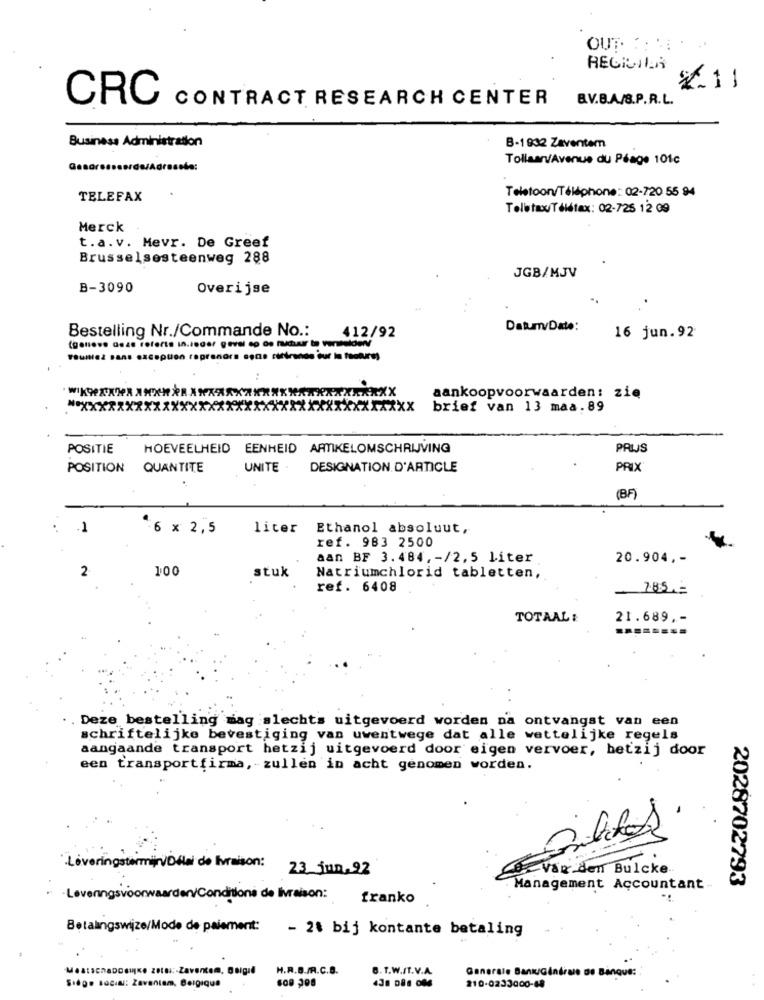
OUT :....
REGIIILA
2.11
CRC
CONTRACT RESEARCH CENTER
B.V.B.A/S.P.R.L.
Business Administration
B-1932 Zaventem
Tollaan/Avenue du Péage 101c
TELEFAX
Telefoon/Téléphone: 02-720 55 94
TeletaxiTélétax: 02-725 12 09
Merck .
t.a.v. Mevr. De Greef
Brusselsesteenweg 288
JGB/MJV
B-3090
Overijse
Datum/Date:
Bestelling Nr./Commande No .: 412/92
16 jun.92
aankoopvoorwaarden: zie
** XX
XX
brief van 13 maa.89
POSITIE
HOEVEELHEID EENHEID ARTIKELOMSCHRIJVING
PRIJS
POSITION QUANTITE
UNITE .
DESIGNATION D'ARTICLE
PRIX
(BF)
1
6 x 2,5
liter
Ethanol absoluut,
ref. 983 2500
aan BF 3.484, - /2,5 Liter
20.904 ,-
2
100
stuk
Natriumchlorid tabletten,
ref. 6408
785 ,-
TOTAAL :
21.689 ,-
Deze bestelling mag slechts uitgevoerd worden na ontvangst van een
schriftelijke bevestiging van uwentwege dat alle wettelijke regels
aangaande transport hetzij uitgevoerd door eigen vervoer, hetzij door
een transportfirma, - zullen in acht genomen worden.
Leveringstermijn/Délai de livraison:
23 jun. 92
vanden Bulcke
2028702793
Management Accountant
·Leveringsvoorwaarden/Conditions de livraison:
franko
Betalingswijze/Mode de paiement:
- 28 bij kontante betaling
H.R.B./R.C.B.
B. T.W./T.V.A.
Generale BankGénérale de Banque: :
Siège social: Zaventem, Belgique
210-0233000-68